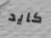
كايد